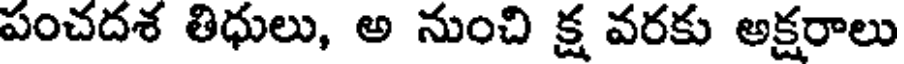
పంచదశ తిధులు, అ నుంచి క్ష వరకు అక్షరాలు